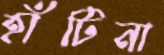
হাঁটিনা